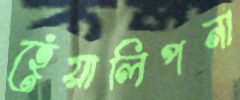
হেঁয়ালিপনা